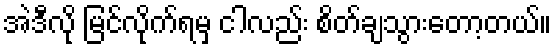
အဲဒီလို မြင်လိုက်ရမှ ငါလည်း စိတ်ချသွားတော့တယ်။